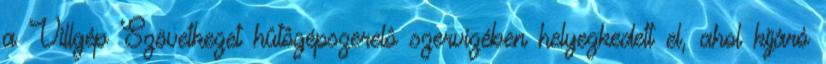
a Villgép Szövetkezet hûtôgépszerelô szervizében helyezkedett el, ahol kijáró